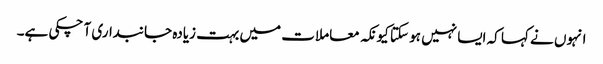
انہوں نے کہا کہ ایسا نہیں ہو سکتا کیونکہ معاملات میں بہت زیادہ جانبداری آ چکی ہے۔